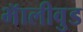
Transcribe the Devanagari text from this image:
भॅालीवुड